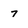
Character: 7